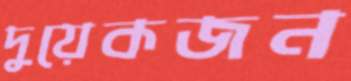
দুয়েকজন